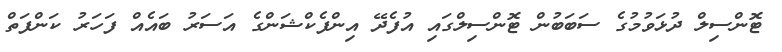
ޓޮންސިލް ދުޅަވުމުގެ ސަބަބުން ޓޮންސިލްގައި އުފެދޭ އިންފެކްޝަންގެ އަސަރު ބައެއް ފަހަރު ކަންފަތް